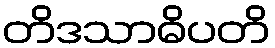
တိဒသာဓိပတိ